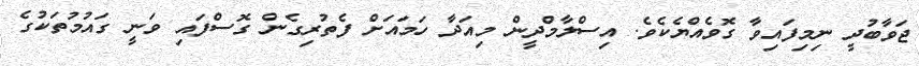
ޖަވާބުދީ ނިމިފައިވާ ގޮވެއްޔެކެވެ. އިސްލާމްދީން މިއަދާ ހަމައަށް ފެތުރިގެން ގޮސްފައި ވަނީ ގައުމުތަކުގެ